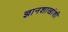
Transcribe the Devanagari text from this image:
ज्ञानशाखांशी